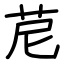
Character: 苨